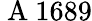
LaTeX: \mathrm{~A~}1689